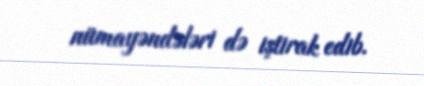
nümayəndələri də iştirak edib.